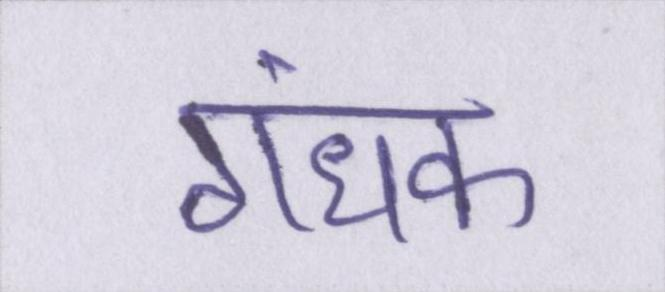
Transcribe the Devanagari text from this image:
गंधक